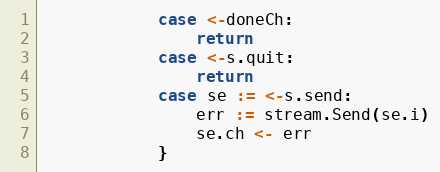
Language: Go
			case <-doneCh:
				return
			case <-s.quit:
				return
			case se := <-s.send:
				err := stream.Send(se.i)
				se.ch <- err
			}